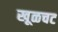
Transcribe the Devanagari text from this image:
खूळचट